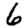
Digit: 6